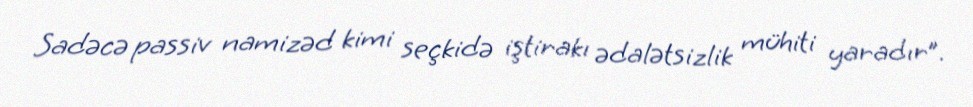
Sadəcə passiv namizəd kimi seçkidə iştirakı ədalətsizlik mühiti yaradır”.